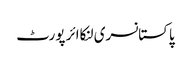
پاکستانسری لنکاائر پورٹ